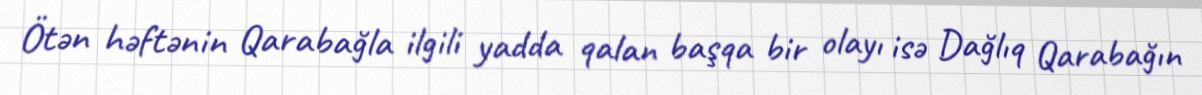
Ötən həftənin Qarabağla ilgili yadda qalan başqa bir olayı isə Dağlıq Qarabağın